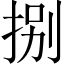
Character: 捌